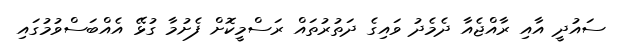
ސައުދީ އާއި ރާއްޖެއާ ދެމެދު ވައިގެ ދަތުރުތައް ރަސްމީކޮށް ފެށުމާ ގުޅޭ އެއްބަސްވުމުގައި